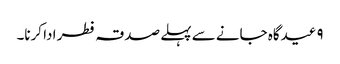
۹ عیدگاہ جانے سے پہلے صدقہ فطر ادا کرنا۔